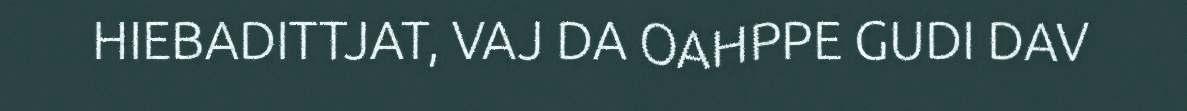
HIEBADITTJAT, VAJ DA OAHPPE GUDI DAV